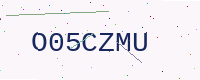
Text: O05CZMU